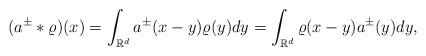
LaTeX: \begin{align*} (a^{\pm}\ast \varrho ) (x) = \int_{\mathbb{R}^d} a^{\pm}(x-y) \varrho(y) dy = \int_{\mathbb{R}^d} \varrho(x-y) a^{\pm}(y) dy,\end{align*}